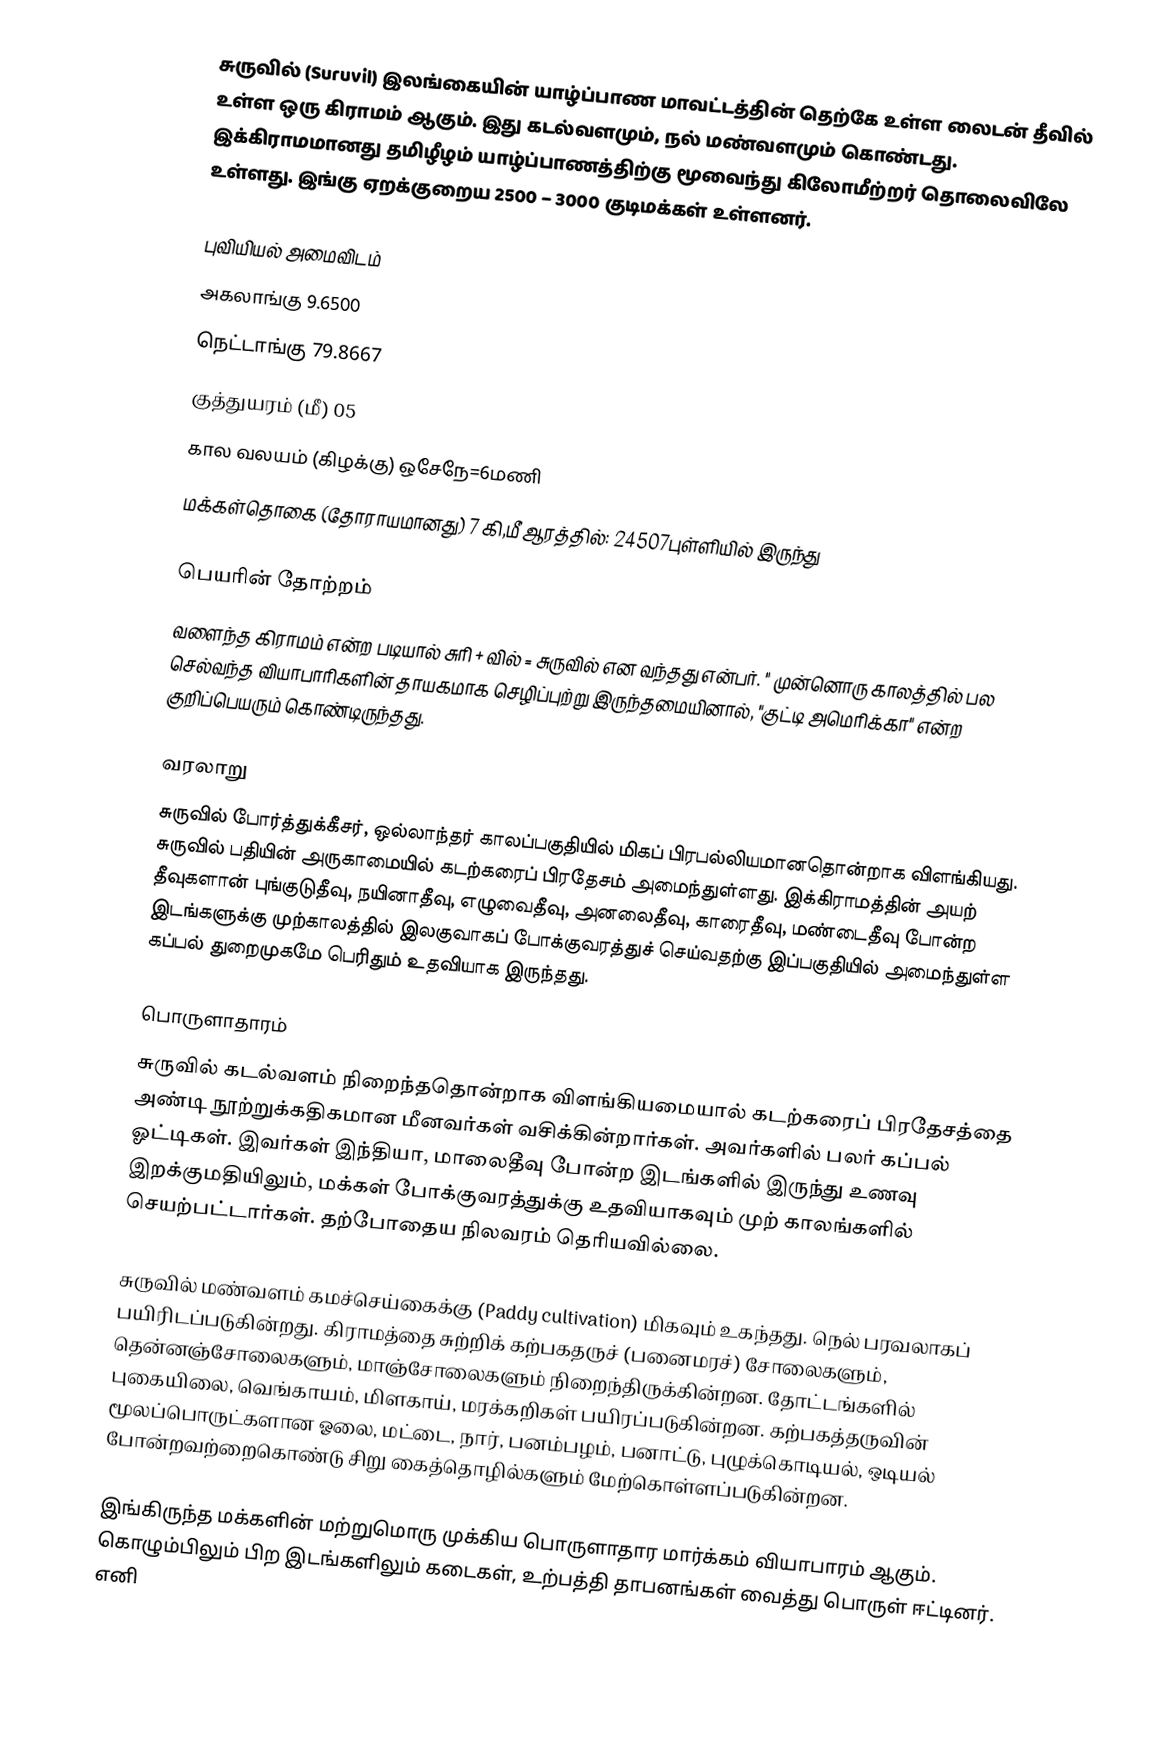
சுருவில் (Suruvil) இலங்கையின் யாழ்ப்பாண மாவட்டத்தின் தெற்கே உள்ள லைடன் தீவில் உள்ள ஒரு கிராமம் ஆகும்.  இது கடல்வளமும், நல் மண்வளமும் கொண்டது.  இக்கிராமமானது தமிழீழம் யாழ்ப்பாணத்திற்கு மூவைந்து கிலோமீற்றர் தொலைவிலே உள்ளது.  இங்கு ஏறக்குறைய 2500 – 3000 குடிமக்கள் உள்ளனர்.

புவியியல் அமைவிடம்
 அகலாங்கு 9.6500
 நெட்டாங்கு 79.8667
 குத்துயரம் (மீ) 05
 கால வலயம் (கிழக்கு) ஒசேநே=6மணி
 மக்கள்தொகை (தோராயமானது) 7 கி,மீ ஆரத்தில்: 24507புள்ளியில் இருந்து

பெயரின் தோற்றம்
வளைந்த கிராமம் என்ற படியால் சுரி + வில் = சுருவில் என வந்தது என்பர்.  " முன்னொரு காலத்தில் பல செல்வந்த வியாபாரிகளின் தாயகமாக செழிப்புற்று இருந்தமையினால், "குட்டி அமெரிக்கா" என்ற குறிப்பெயரும் கொண்டிருந்தது.

வரலாறு
சுருவில் போர்த்துக்கீசர், ஒல்லாந்தர் காலப்பகுதியில் மிகப் பிரபல்லியமானதொன்றாக விளங்கியது.  சுருவில் பதியின் அருகாமையில் கடற்கரைப் பிரதேசம் அமைந்துள்ளது.  இக்கிராமத்தின் அயற் தீவுகளான் புங்குடுதீவு, நயினாதீவு, எழுவைதீவு, அனலைதீவு, காரைதீவு, மண்டைதீவு போன்ற இடங்களுக்கு முற்காலத்தில் இலகுவாகப் போக்குவரத்துச் செய்வதற்கு இப்பகுதியில் அமைந்துள்ள கப்பல் துறைமுகமே பெரிதும் உதவியாக இருந்தது.

பொருளாதாரம்
சுருவில் கடல்வளம் நிறைந்ததொன்றாக விளங்கியமையால் கடற்கரைப் பிரதேசத்தை அண்டி நூற்றுக்கதிகமான மீனவர்கள் வசிக்கின்றார்கள்.  அவர்களில் பலர் கப்பல் ஓட்டிகள்.  இவர்கள் இந்தியா, மாலைதீவு போன்ற இடங்களில் இருந்து உணவு இறக்குமதியிலும், மக்கள் போக்குவரத்துக்கு உதவியாகவும் முற் காலங்களில் செயற்பட்டார்கள்.  தற்போதைய நிலவரம் தெரியவில்லை.

சுருவில் மண்வளம் கமச்செய்கைக்கு (Paddy cultivation) மிகவும் உகந்தது.  நெல் பரவலாகப் பயிரிடப்படுகின்றது.  கிராமத்தை சுற்றிக் கற்பகதருச் (பனைமரச்) சோலைகளும், தென்னஞ்சோலைகளும், மாஞ்சோலைகளும் நிறைந்திருக்கின்றன.  தோட்டங்களில் புகையிலை, வெங்காயம், மிளகாய், மரக்கறிகள் பயிரப்படுகின்றன.  கற்பகத்தருவின் மூலப்பொருட்களான ஓலை, மட்டை, நார், பனம்பழம், பனாட்டு, புழுக்கொடியல், ஒடியல் போன்றவற்றைகொண்டு சிறு கைத்தொழில்களும் மேற்கொள்ளப்படுகின்றன.

இங்கிருந்த மக்களின் மற்றுமொரு முக்கிய பொருளாதார மார்க்கம் வியாபாரம் ஆகும்.  கொழும்பிலும் பிற இடங்களிலும் கடைகள், உற்பத்தி தாபனங்கள் வைத்து பொருள் ஈட்டினர்.  எனி